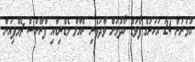
އުމުރުން 24 އަހަރުގެ ފޯވަޑް ހޯދުމަށް ވާދަވެރި ރެއާލް މެޑްރިޑާއި ފްރާންސް ޗެމްޕިއަން